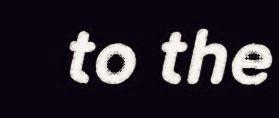
to the